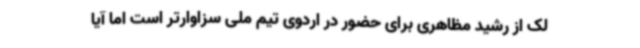
لک از رشید مظاهری برای حضور در اردوی تیم‌ ملی سزاوارتر است اما آیا